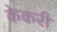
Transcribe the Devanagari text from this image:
केकरी